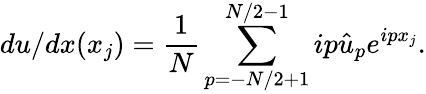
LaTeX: du/dx(x_{j})=\frac{1}{N}\sum_{p=-N/2+1}^{N/2-1}ip\hat{u}_{p}e^{ipx_{j}}.